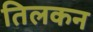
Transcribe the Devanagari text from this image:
तिलकन